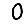
Digit: 0